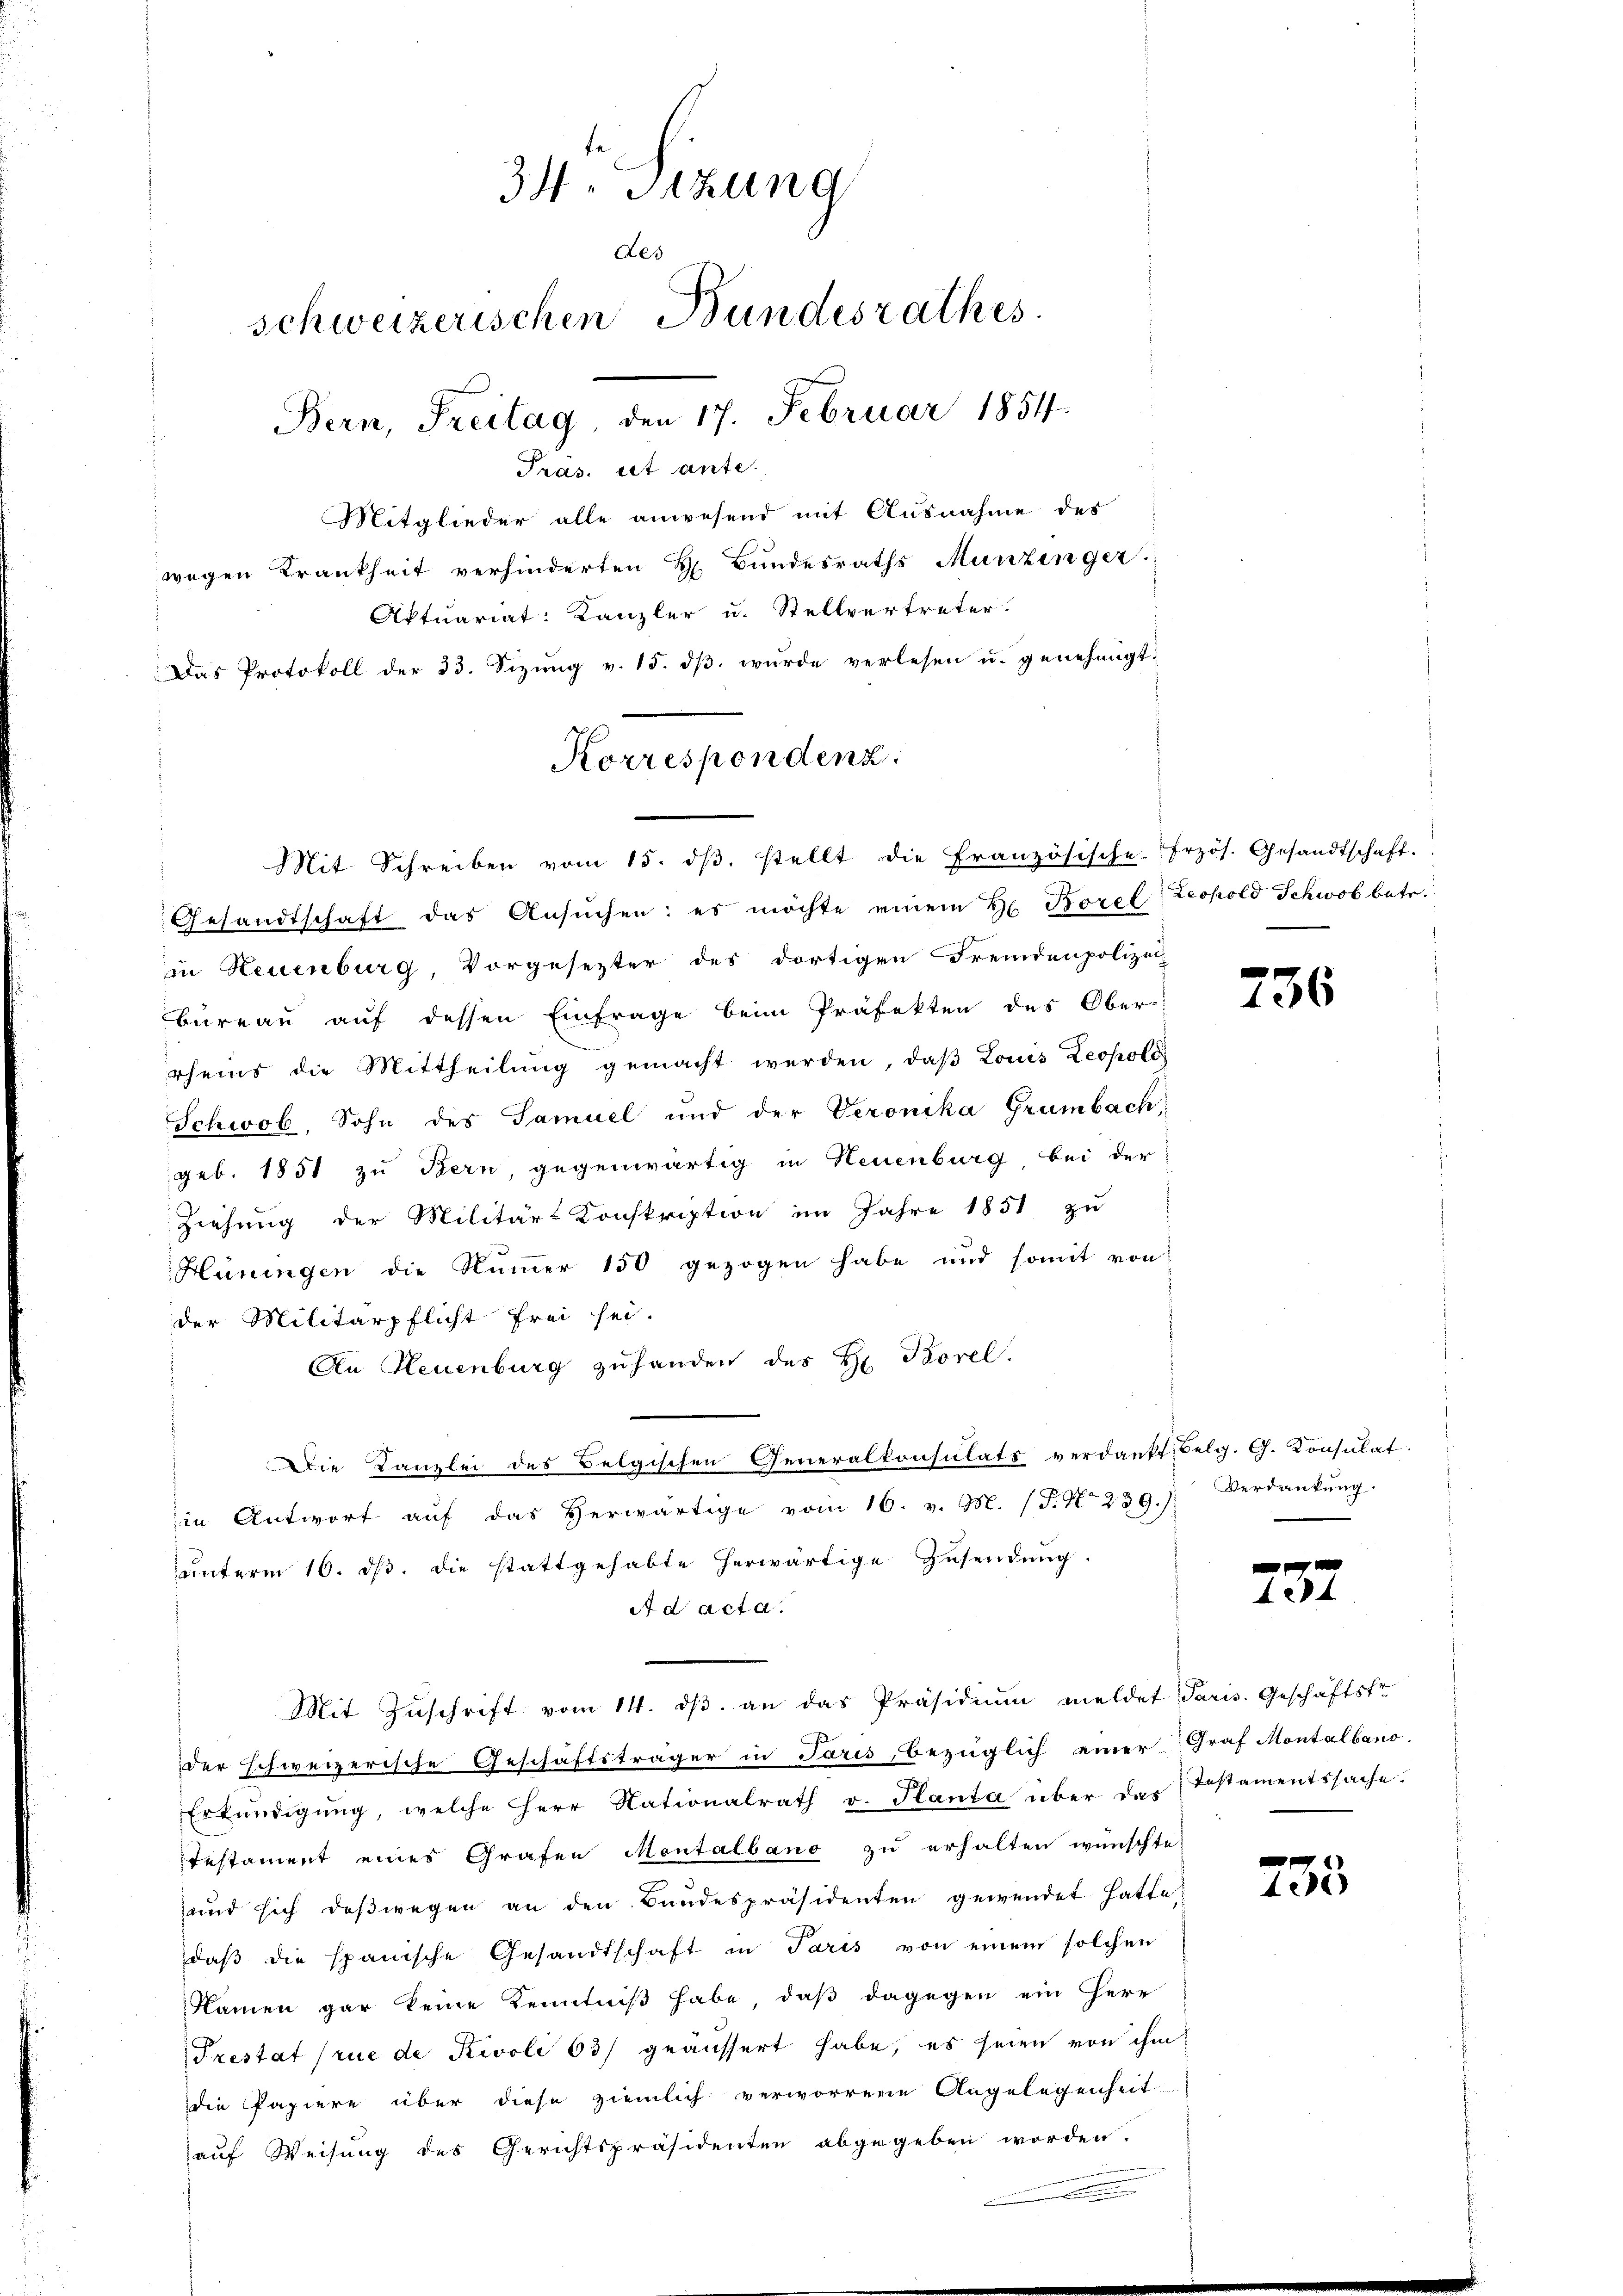
34. Sizung
Des
schweizerischen Bundesrathes
Bern, Freitag, den 17. Februar 1854.
Pras. ist ante.
Mitglieder alle anwesend mit Ausnahme des
wegen Krankheit verhinderten H. Bundesraths Munzinger.

Aktuariat: Kanzler u. Stellvertreter.
Das Protokoll der 33. Sizung v. 15. dß wurde verlesen u. genehmigt.

Korrespondenz
Mit Schreiben vom 15. dβ. stellt die Französische Erzös. Gesandtschaft.

Gesandtschaft das Ansŭchen: es möchte einem H. Borel Leopold Schwob betr.
in Neuenburg, Vorgesezter des dortigen Fremdenpolizei-
Bureau auf dessen Einfrage beim Präfekten des Ober-
rheins die Mittheilŭng gemacht werden, daβ Louis Leopolo
Schwob, Sohn des Samuel und der Veronika Grünbach,
geb. 1851 zu Bern, gegenwärtig in Neuenburg bei der
Ziehung der Militär-Konskription im Jahre 1851 zu
Hüningen die Nummer 150 gezogen habe und somit von
der Militärpflicht frei sei.
An Neuenburg zŭ handen des Hr. Korel.
Die Kanzlei des Belgischen Generalkonsulats verdankt Felg. G. Konsulat
in Antwort aŭf das herwärtige vom 16. v. M. (T. N. 239.) Verdankŭng.
ŭnterm 16. dβ. die stattgehabte herwärtige Zŭsendŭng.
A d acta.
Mit Zuschrift vom 14. ds. an das Präsidium meldet Paris. Geschäftsfr
der schweizerische Geschäftsträger in Paris bezüglich einer Graf Montalbano.
Erkŭndigŭng, welche Herr Nationalrath v. Planta über das Testamentssache.
Testament eines Grafen Montalbano zu erhalten wünschte.
und sich deßwegen an den Bundespräsidenten gewendet hatte;
daβ die spanische Gesandtschaft in Paris von einem solchen
Namen gar keine Kenntniß habe, daß dagegen ein Herr
Trestat (rue de Rivoli 63/ geäussert habe, es seien von ihm
die Papiere über diese ziemlich verworrene Angelegenheit
auf Weisung des Gerichtspräsidenten abgegeben worden.

236

424

e
4